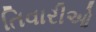
તિવારીઓ